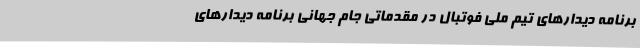
برنامه دیدارهای تیم ملی فوتبال در مقدماتی جام جهانی برنامه دیدارهای